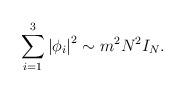
LaTeX: \begin{align*}\sum_{i=1}^3 \left| \phi_i \right|^2 \sim m^2 N^2 I_{N}.\end{align*}